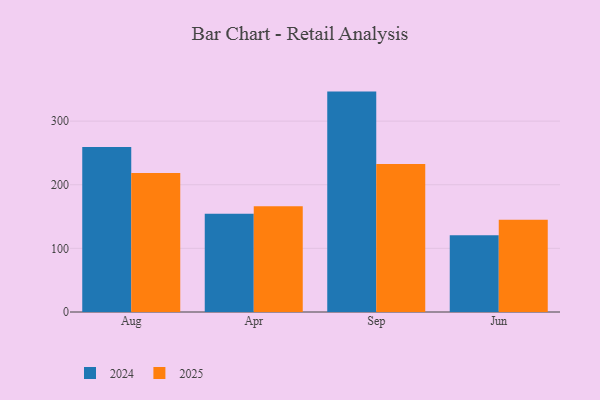
{"axis": {"x": "Month", "y": "Budget (USD K)"}, "legend": ["2024", "2025"], "data": [{"x": "Aug", "y": 218.6, "type": "2025"}, {"x": "Aug", "y": 259.2, "type": "2024"}, {"x": "Apr", "y": 166.3, "type": "2025"}, {"x": "Apr", "y": 154.5, "type": "2024"}, {"x": "Sep", "y": 232.6, "type": "2025"}, {"x": "Sep", "y": 346.4, "type": "2024"}, {"x": "Jun", "y": 144.8, "type": "2025"}, {"x": "Jun", "y": 120.6, "type": "2024"}]}